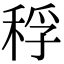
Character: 稃